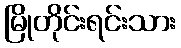
မြိုတိုင်းရင်းသား